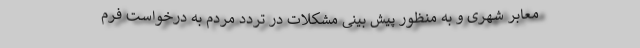
معابر شهری و به منظور پیش بینی مشکلات در تردد مردم به درخواست فرم